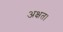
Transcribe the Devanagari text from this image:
अक्षत।